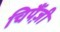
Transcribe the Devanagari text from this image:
चिपैंज़ी